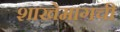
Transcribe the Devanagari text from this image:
शाखेमागची